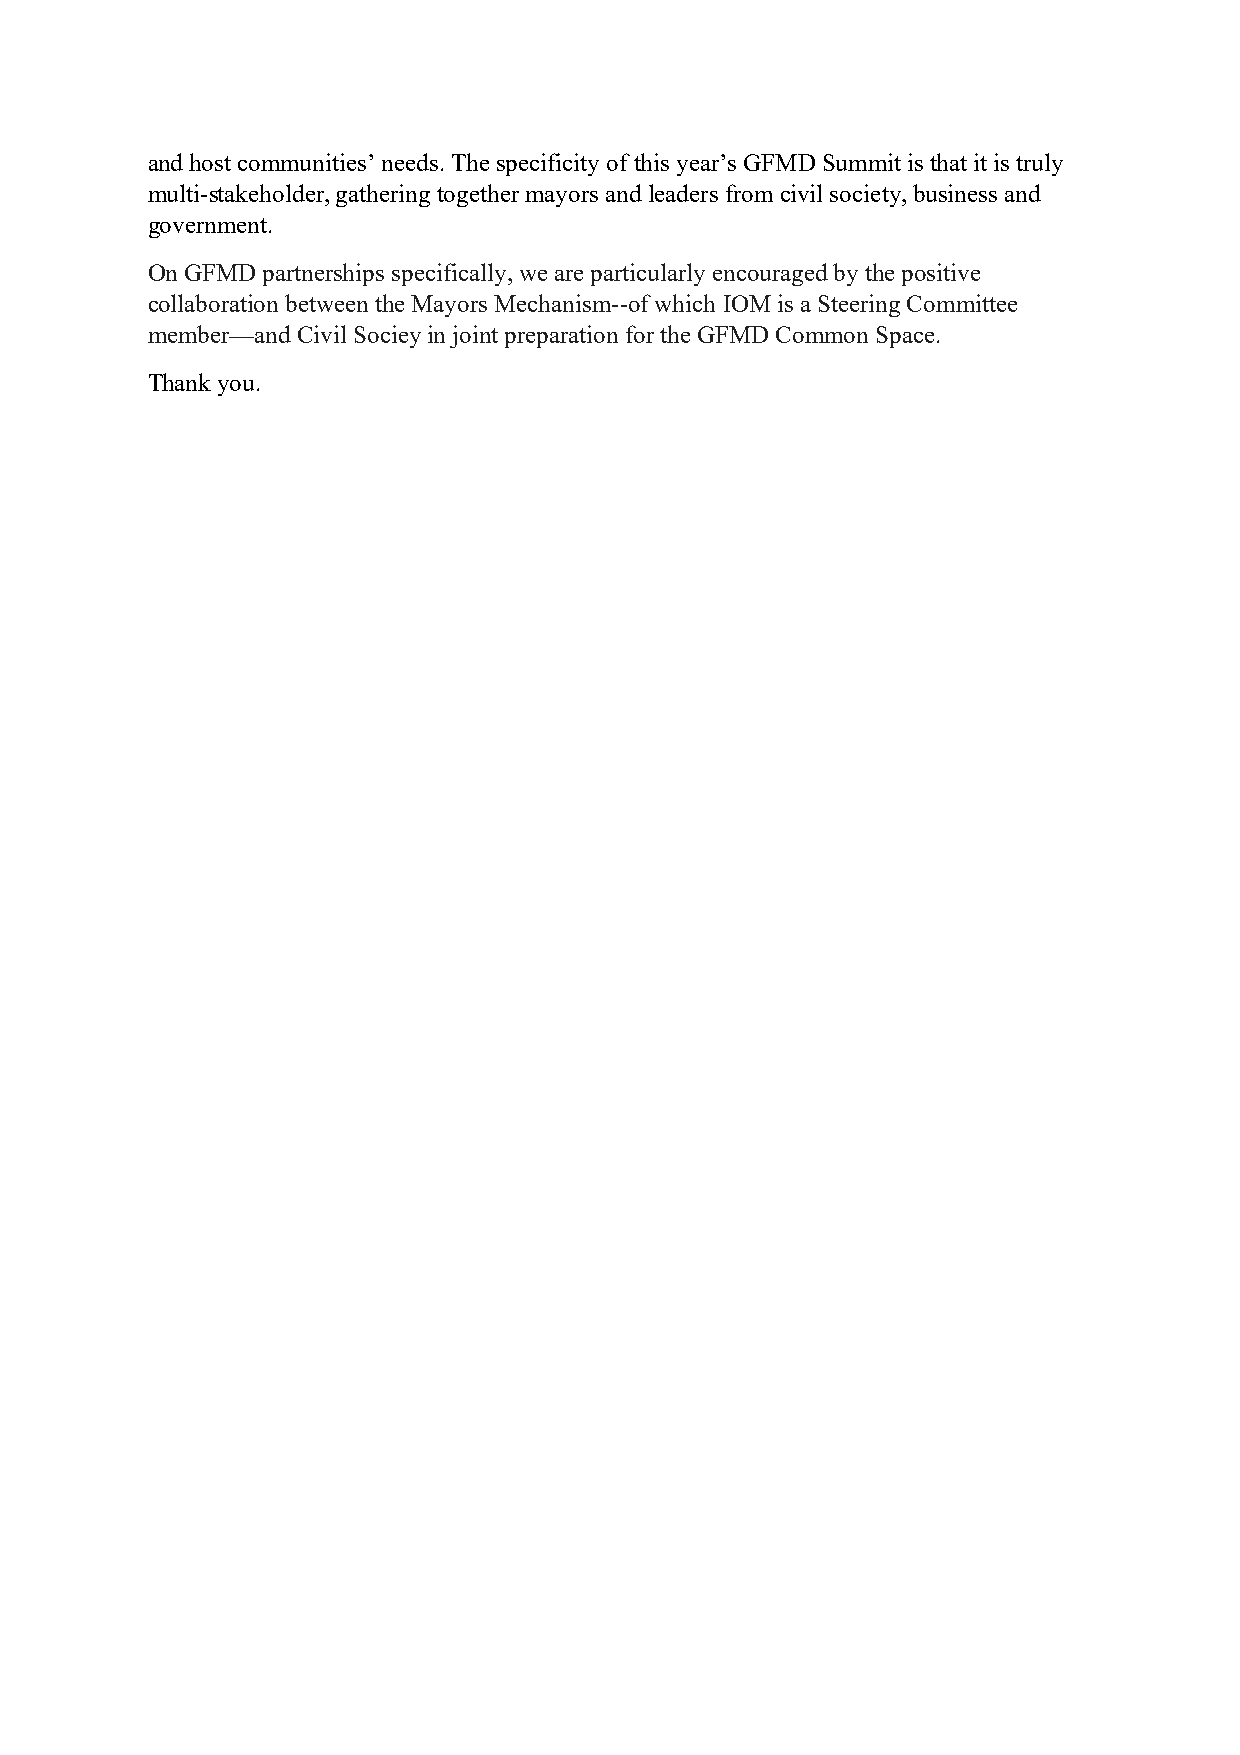
and host communities’ needs. The specificity of this year’s GFMD Summit is that it is truly
 multi-stakeholder, gathering together mayors and leaders from civil society, business and
 government.
 On GFMD partnerships specifically, we are particularly encouraged by the positive
 collaboration between the Mayors Mechanism--of which IOM is a Steering Committee
 member—and Civil Sociey in joint preparation for the GFMD Common Space.
 Thank you.